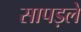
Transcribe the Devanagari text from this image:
सापड़ले